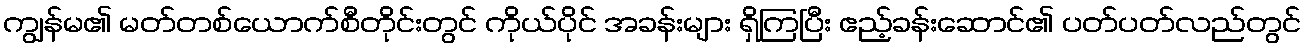
ကျွန်မ၏ မတ်တစ်ယောက်စီတိုင်းတွင် ကိုယ်ပိုင် အခန်းများ ရှိကြပြီး ဧည့်ခန်းဆောင်၏ ပတ်ပတ်လည်တွင်